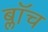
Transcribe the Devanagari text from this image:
ब्लाॅच